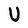
Character: U